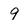
Character: 9